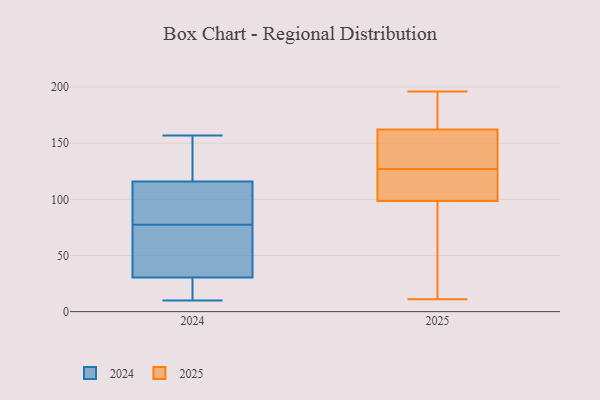
{"axis": {"x": "Headcount", "y": "Value"}, "legend": ["2024", "2025"], "data": [{"x": "", "y": 121, "type": "2025"}, {"x": "", "y": 59, "type": "2025"}, {"x": "", "y": 163, "type": "2025"}, {"x": "", "y": 127, "type": "2025"}, {"x": "", "y": 172, "type": "2025"}, {"x": "", "y": 122, "type": "2025"}, {"x": "", "y": 11, "type": "2025"}, {"x": "", "y": 160, "type": "2025"}, {"x": "", "y": 91, "type": "2025"}, {"x": "", "y": 136, "type": "2025"}, {"x": "", "y": 196, "type": "2025"}, {"x": "", "y": 27, "type": "2024"}, {"x": "", "y": 62, "type": "2024"}, {"x": "", "y": 41, "type": "2024"}, {"x": "", "y": 16, "type": "2024"}, {"x": "", "y": 114, "type": "2024"}, {"x": "", "y": 157, "type": "2024"}, {"x": "", "y": 118, "type": "2024"}, {"x": "", "y": 34, "type": "2024"}, {"x": "", "y": 10, "type": "2024"}, {"x": "", "y": 151, "type": "2024"}, {"x": "", "y": 93, "type": "2024"}, {"x": "", "y": 112, "type": "2024"}]}